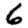
Digit: 6